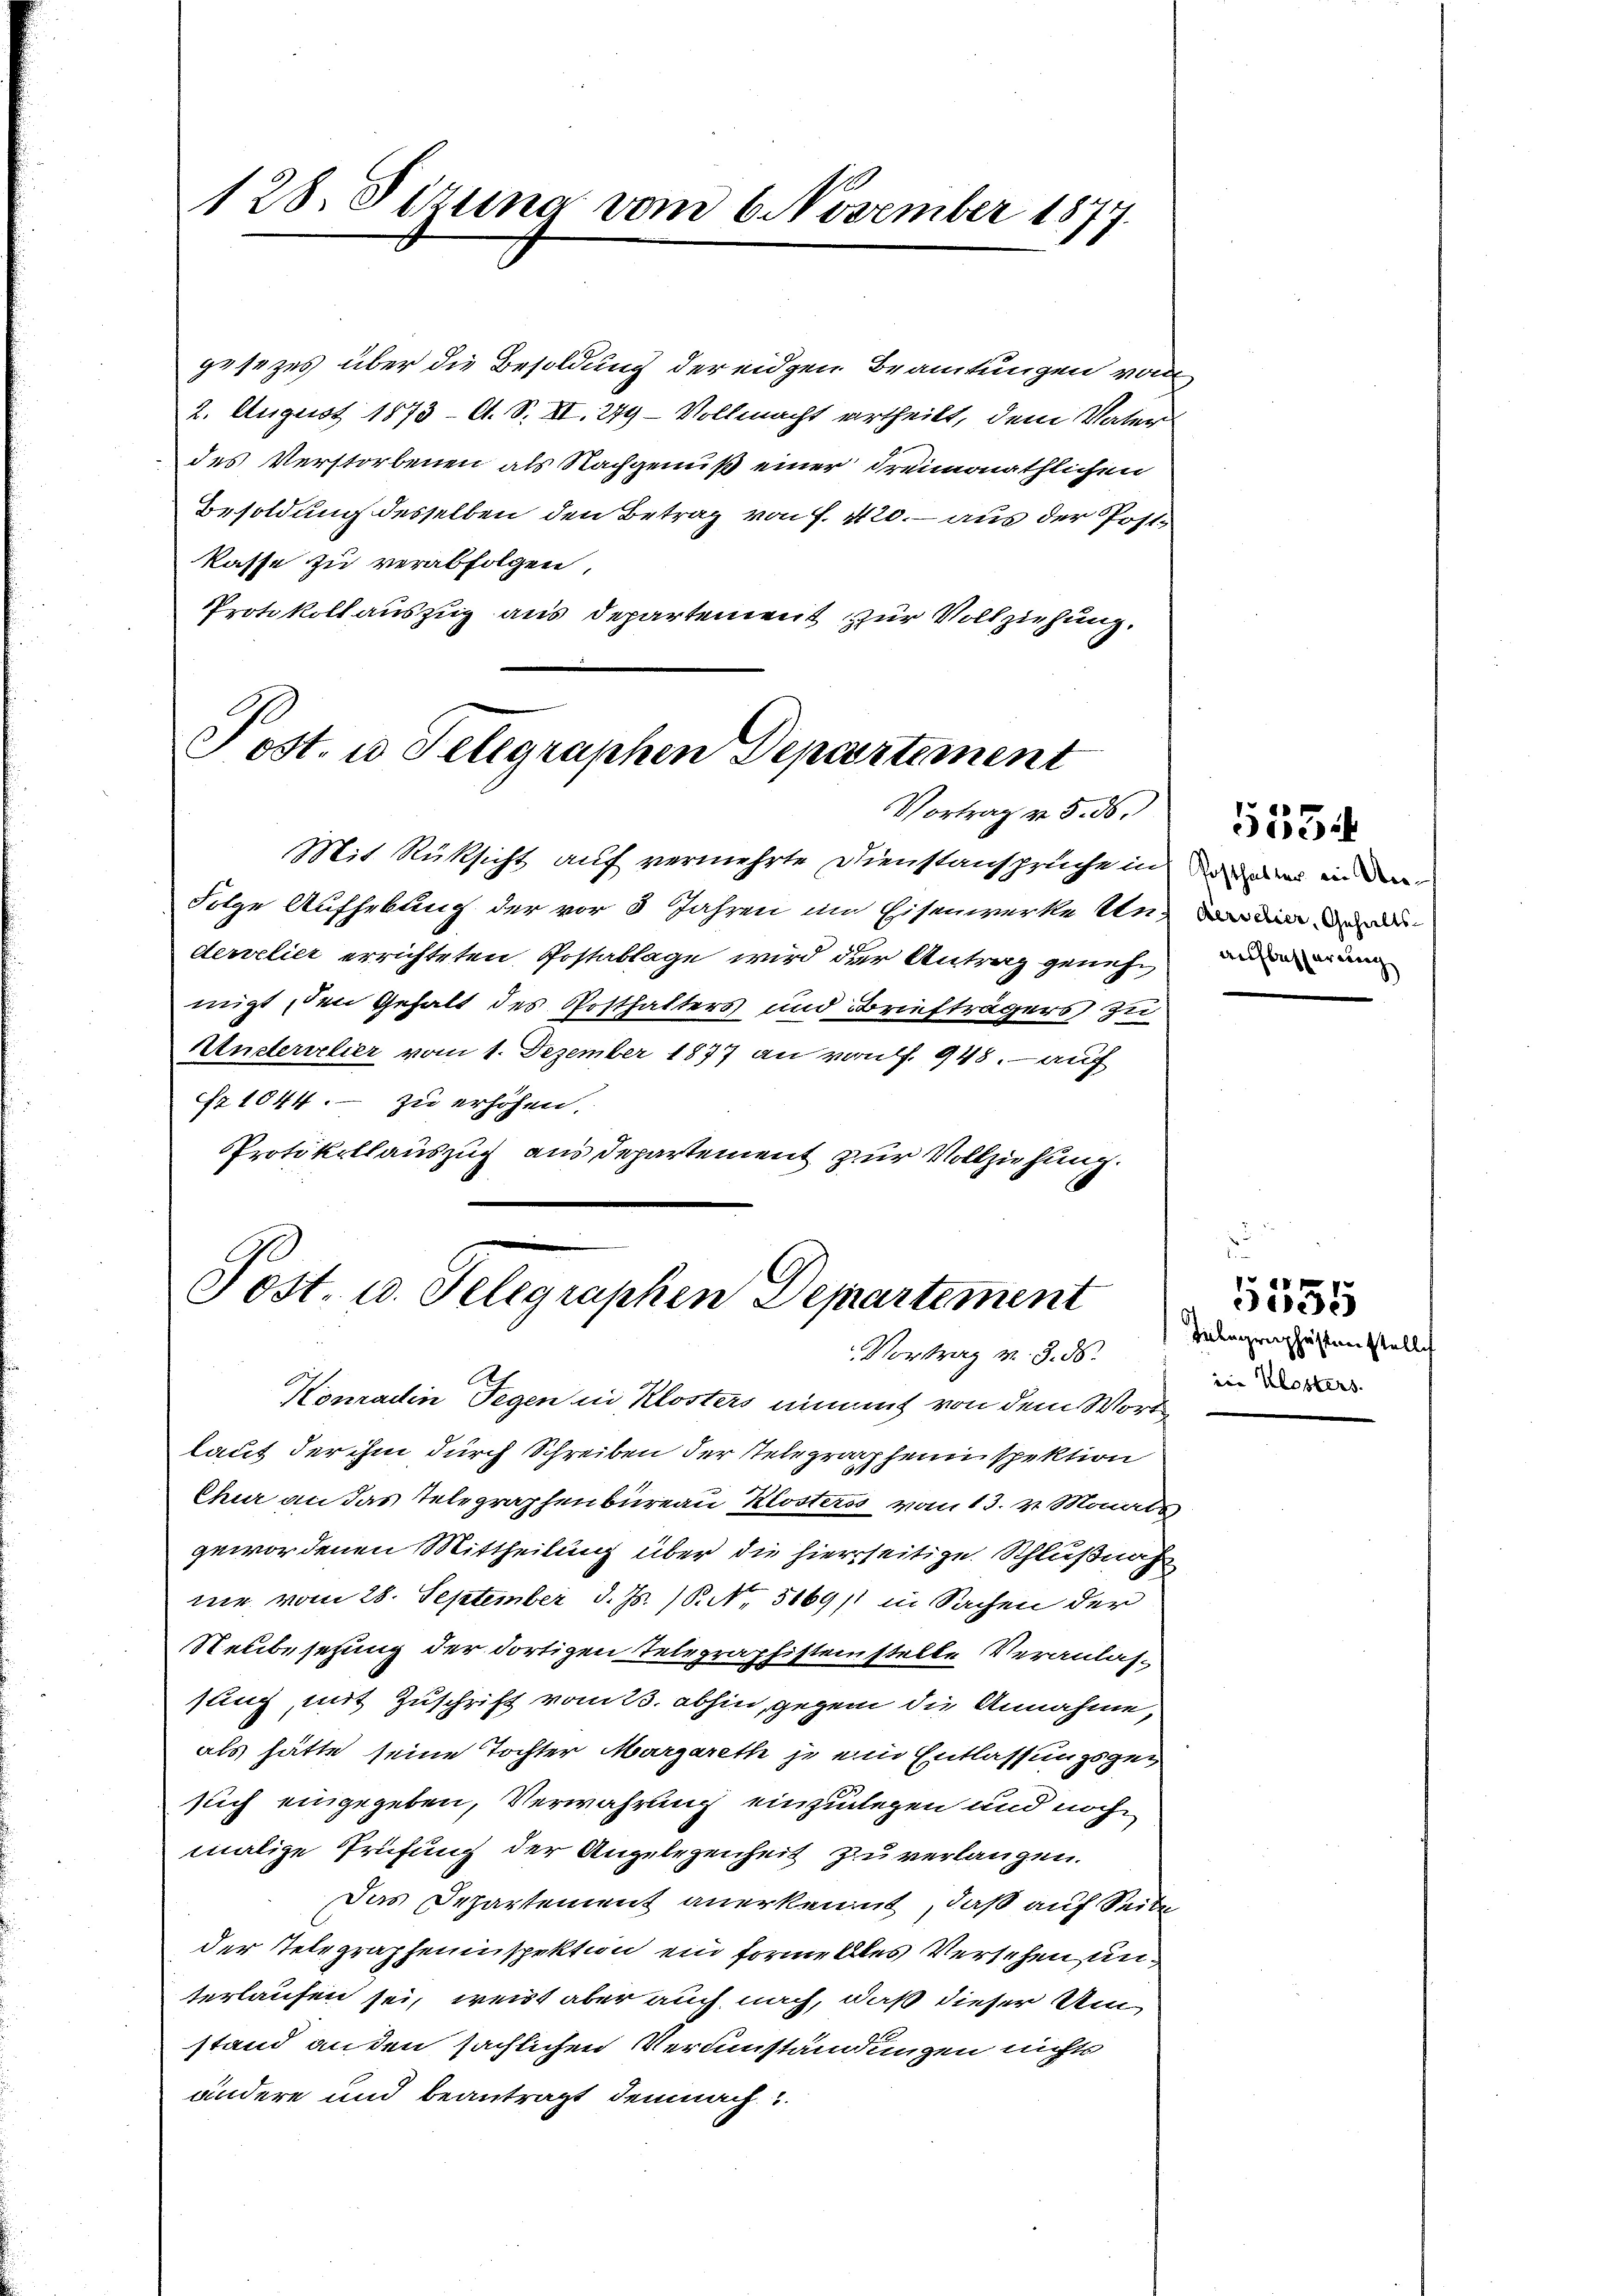
128. Sitzung vom 6. November 1877.

gesezes über die Besoldung der eidgen Beamtungen vom
2. August 1873 - A. S. XI. 279 - Vollmacht ertheilt, dem Vater
des Verstorbenen als Nachgenuß einer dreimonathlichen
Besoldung desselben den Betrag von f. 420. aus der Postkasse zu verabfolgen,
Protokollauszug aus Departement zur Vollziehung.

Post. u Telegraphen Departement
Vortrag v. 5. ds.

Tost. u. Telegraphen Departement
Vortrag v. 3. ds.

Mit Rüksicht auf vermehrte Dienstanspruche in in den
Folge Aufhebung der vor 8 Jahren im Eisenwerke Un- vor den werde
dervelier errichteten Postablage wird der Antrag genehmigt, den Gehalt des Posthalters und Briefträgers zu
Underschier vom 1. Dezember 1877 an von f. 948. — auf
N 1044. zu erhöhen.
Protokollauszug aus Departement zur Vollziehung.

Konradin Degen in Klosters nimmt von dem Worte
laut der ihm durch Schreiben der Telegraphenspektion
Chur an das Telegraphenbureau Klosters vom 13. v. Monde
gewordenen Mittheilung über die hierseitige Schlußnah
me vom 28. September d. Js. 1. No. 5169/1 in Sachen der
Neubesetzung der dortigen Telegraphistenstelle Veranlassung, mit Zuschrift vom 13. abhin, gegen die Annahme,
als hätte seine Tochter Margareth je ein Entlassungsgeg
such eingegeben, Verwahrung einzulegen und noch
malige Prüfung der Angelegenheit zu verlangen.
Das Departement anerkennt, daß auf Seite
der Telegrapheninspektion ein formellles Versehen unterlaufen sei, weist aber auch nach, daß dieser Umstand an den sächlichen Verumständungen nichts
ändere und beantragt demnach

aufbesserung

5334

Telegraphestenstell
eie Klosters.

5555